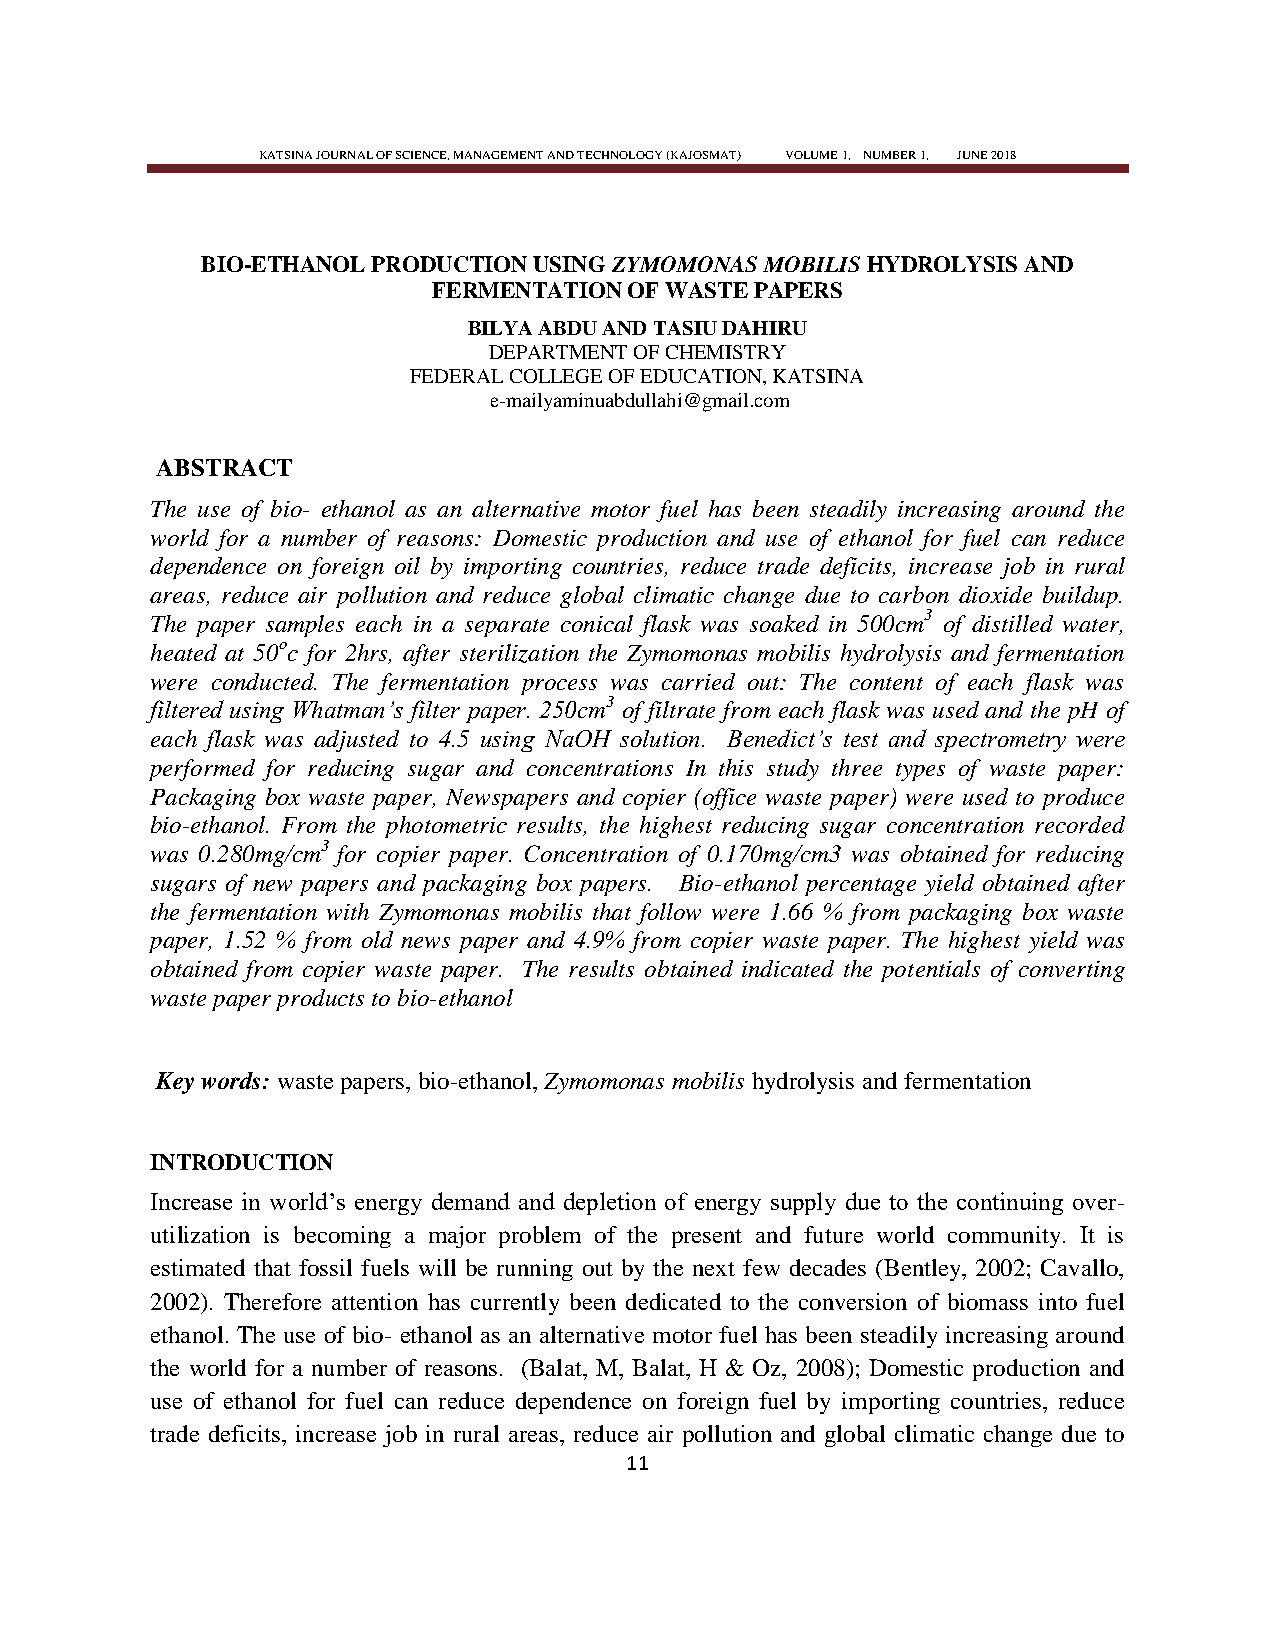
KATSINA JOURNAL OF SCIENCE, MANAGEMENT AND TECHNOLOGY (KAJOSMAT) VOLUME 1, NUMBER 1, JUNE 2018
 BIO-ETHANOL PRODUCTION USING ZYMOMONAS MOBILIS HYDROLYSIS AND
 FERMENTATION OF WASTE PAPERS
 BILYA ABDU AND TASIU DAHIRU
 DEPARTMENT OF CHEMISTRY
 FEDERAL COLLEGE OF EDUCATION, KATSINA
 e-mailyaminuabdullahi@gmail.com
 ABSTRACT
 The use of bio- ethanol as an alternative motor fuel has been steadily increasing around the
 world for a number of reasons: Domestic production and use of ethanol for fuel can reduce
 dependence on foreign oil by importing countries, reduce trade deficits, increase job in rural
 areas, reduce air pollution and reduce global climatic change due to carbon dioxide buildup.
 The paper samples each in a separate conical flask was soaked in 500cm3 of distilled water,
 heated at 50oc for 2hrs, after sterilization the Zymomonas mobilis hydrolysis and fermentation
 were conducted. The fermentation process was carried out: The content of each flask was
 filtered using Whatman‘s filter paper. 250cm3 of filtrate from each flask was used and the pH of
 each flask was adjusted to 4.5 using NaOH solution. Benedict‘s test and spectrometry were
 performed for reducing sugar and concentrations In this study three types of waste paper:
 Packaging box waste paper, Newspapers and copier (office waste paper) were used to produce
 bio-ethanol. From the photometric results, the highest reducing sugar concentration recorded
 was 0.280mg/cm3 for copier paper. Concentration of 0.170mg/cm3 was obtained for reducing
 sugars of new papers and packaging box papers. Bio-ethanol percentage yield obtained after
 the fermentation with Zymomonas mobilis that follow were 1.66 % from packaging box waste
 paper, 1.52 % from old news paper and 4.9% from copier waste paper. The highest yield was
 obtained from copier waste paper. The results obtained indicated the potentials of converting
 waste paper products to bio-ethanol
 Key words: waste papers, bio-ethanol, Zymomonas mobilis hydrolysis and fermentation
 INTRODUCTION
 Increase in world‘s energy demand and depletion of energy supply due to the continuing over-
 utilization is becoming a major problem of the present and future world community. It is
 estimated that fossil fuels will be running out by the next few decades (Bentley, 2002; Cavallo,
 2002). Therefore attention has currently been dedicated to the conversion of biomass into fuel
 ethanol. The use of bio- ethanol as an alternative motor fuel has been steadily increasing around
 the world for a number of reasons. (Balat, M, Balat, H & Oz, 2008); Domestic production and
 use of ethanol for fuel can reduce dependence on foreign fuel by importing countries, reduce
 trade deficits, increase job in rural areas, reduce air pollution and global climatic change due to
 11